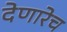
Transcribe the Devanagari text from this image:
देणारेच